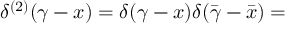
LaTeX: \delta ^ { ( 2 ) } ( \gamma - x ) = \delta ( \gamma - x ) \delta ( \bar { \gamma } - \bar { x } ) =